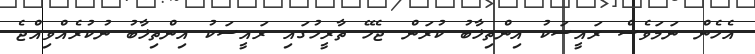
އެހެން ނަމަވެސް ރައީސަކު އިންތިޚާބު ކުރަން ޖެހޭ ތާރީހުގައި ރައީސަކު އިންތިޚާބު ނުކުރެއްވިއްޖެ